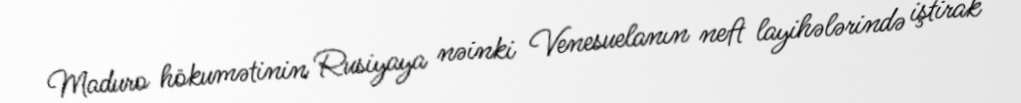
Maduro hökumətinin Rusiyaya nəinki Venesuelanın neft layihələrində iştirak